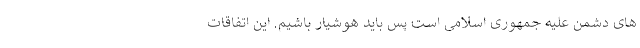
های دشمن علیه جمهوری اسلامی است پس باید هوشیار باشیم. این اتفاقات